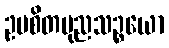
ဥပစိတပုညသဉ္စယော